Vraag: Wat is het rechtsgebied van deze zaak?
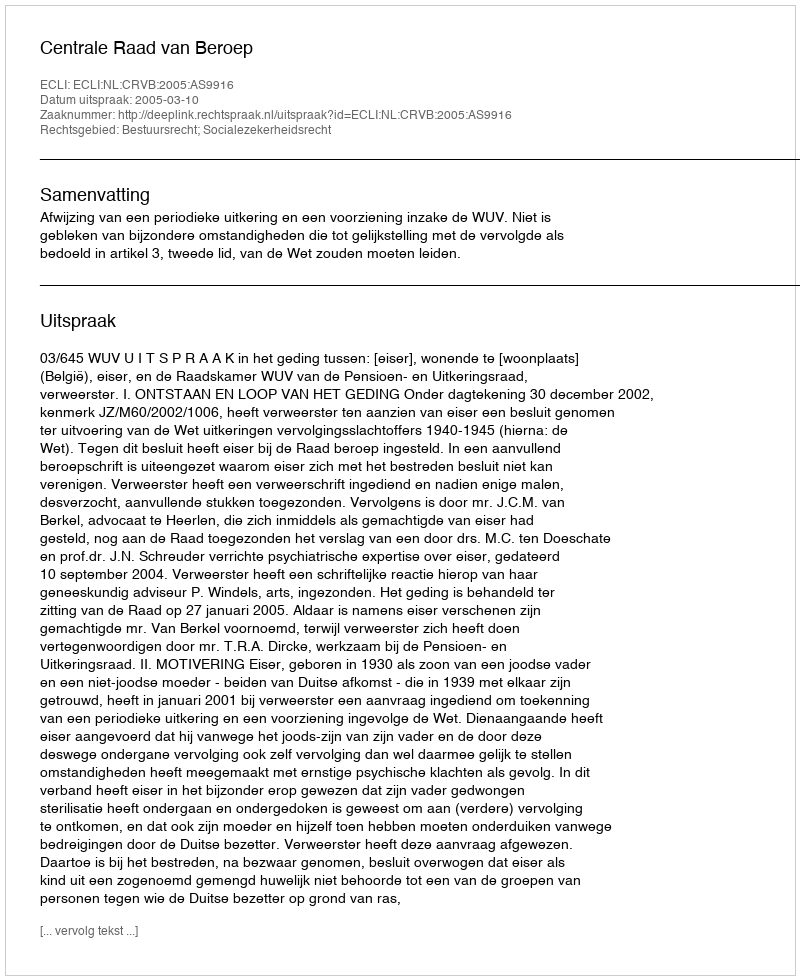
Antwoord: Bestuursrecht; Socialezekerheidsrecht